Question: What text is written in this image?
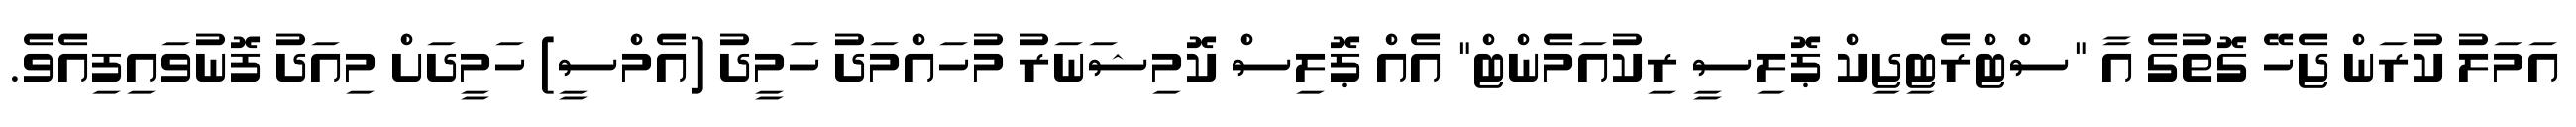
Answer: އަމަލު ކުރަން ޖެހޭ ގޮތުގެ އާ "ސްޓްރެޓިޖިކް ޕޮލިސީ ރިކުއަމެންޓް" އެއް ޕޮލިސް ކޮމިޝަނަރު މުހައްމަދު ހަމީދު (އެމްސީ) ހަމީދަށް މިއަދު ފޮނުވައިފިއެވެ.